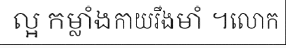
ល្អ កម្លាំងកាយរឹងមាំ ។លោក